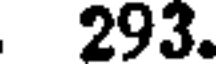
293.